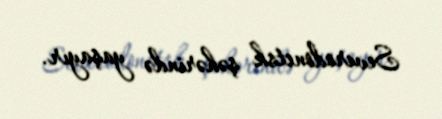
Severodonetsk şəhərində yaşayır.